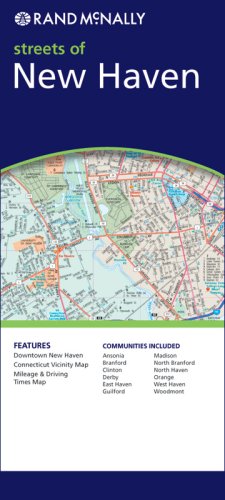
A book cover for Rand McNally streets of New Haven; Rand Mcnally; Travel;